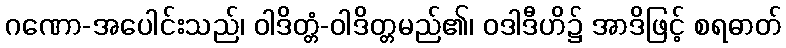
ဂဏော-အပေါင်းသည်၊ ဝါဒိတ္တံ-ဝါဒိတ္တမည်၏၊ ဝဒါဒီဟိ၌ အာဒိဖြင့် စရဓာတ်